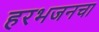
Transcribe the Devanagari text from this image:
हरभजनचा